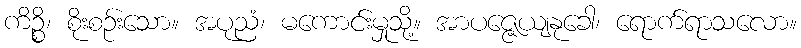
ကိဉ္စိ၊ စိုးစဉ်းသော။ အပုညံ၊ မကောင်းမှုသို့။ အာပဇ္ဇေယျနုခေါ၊ ရောက်ရာသလော။